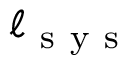
\ell _ { \mathrm { ~ s ~ y ~ s ~ } }